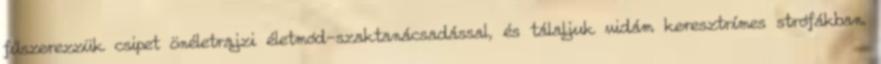
fűszerezzük csipet önéletrajzi életmód-szaktanácsadással, és tálaljuk vidám keresztrímes strófákban.